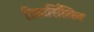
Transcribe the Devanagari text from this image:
टिकार्सिलिन